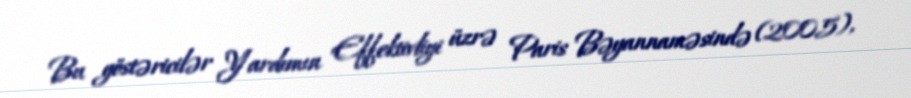
Bu göstəricilər Yardımın Effektivliyi üzrə Paris Bəyannaməsində (2005),